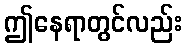
ဤနေရာတွင်လည်း